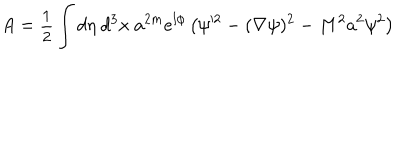
A = { \small \frac { 1 } { 2 } } \int d \eta \ d ^ { 3 } x \ a ^ { 2 m } e ^ { l \phi } \left( \psi ^ { \prime 2 } - ( \nabla \psi ) ^ { 2 } - M ^ { 2 } a ^ { 2 } \psi ^ { 2 } \right)